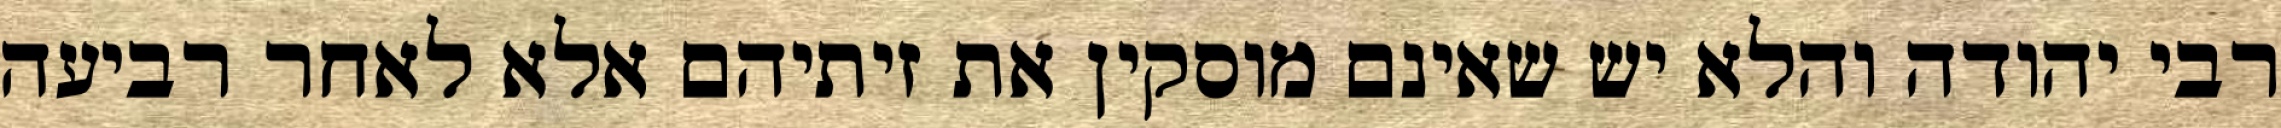
רבי יהודה והלא יש שאינם מוסקין את זיתיהם אלא לאחר רביעה